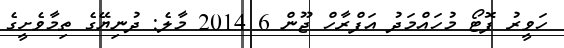
ހަވީރު ފޮޓޯ މުހައްމަދު އަފްރާހް ޖޫން 6 2014 މާލެ: ދުނިޔޭގެ ތިމާވެށީގެ